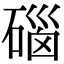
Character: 碯